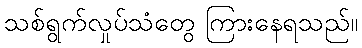
သစ်ရွက်လှုပ်သံတွေ ကြားနေရသည်။